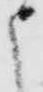
申